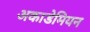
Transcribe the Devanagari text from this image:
अकाडेमियन